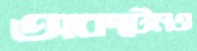
অকটেনও